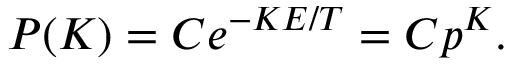
\, P ( K ) = C e ^ { - K E / T } = C p ^ { K } .